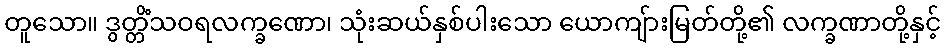
တူသော။ ဒွတ္တိံသဝရလက္ခဏော၊ သုံးဆယ်နှစ်ပါးသော ယောကျ်ားမြတ်တို့၏ လက္ခဏာတို့နှင့်